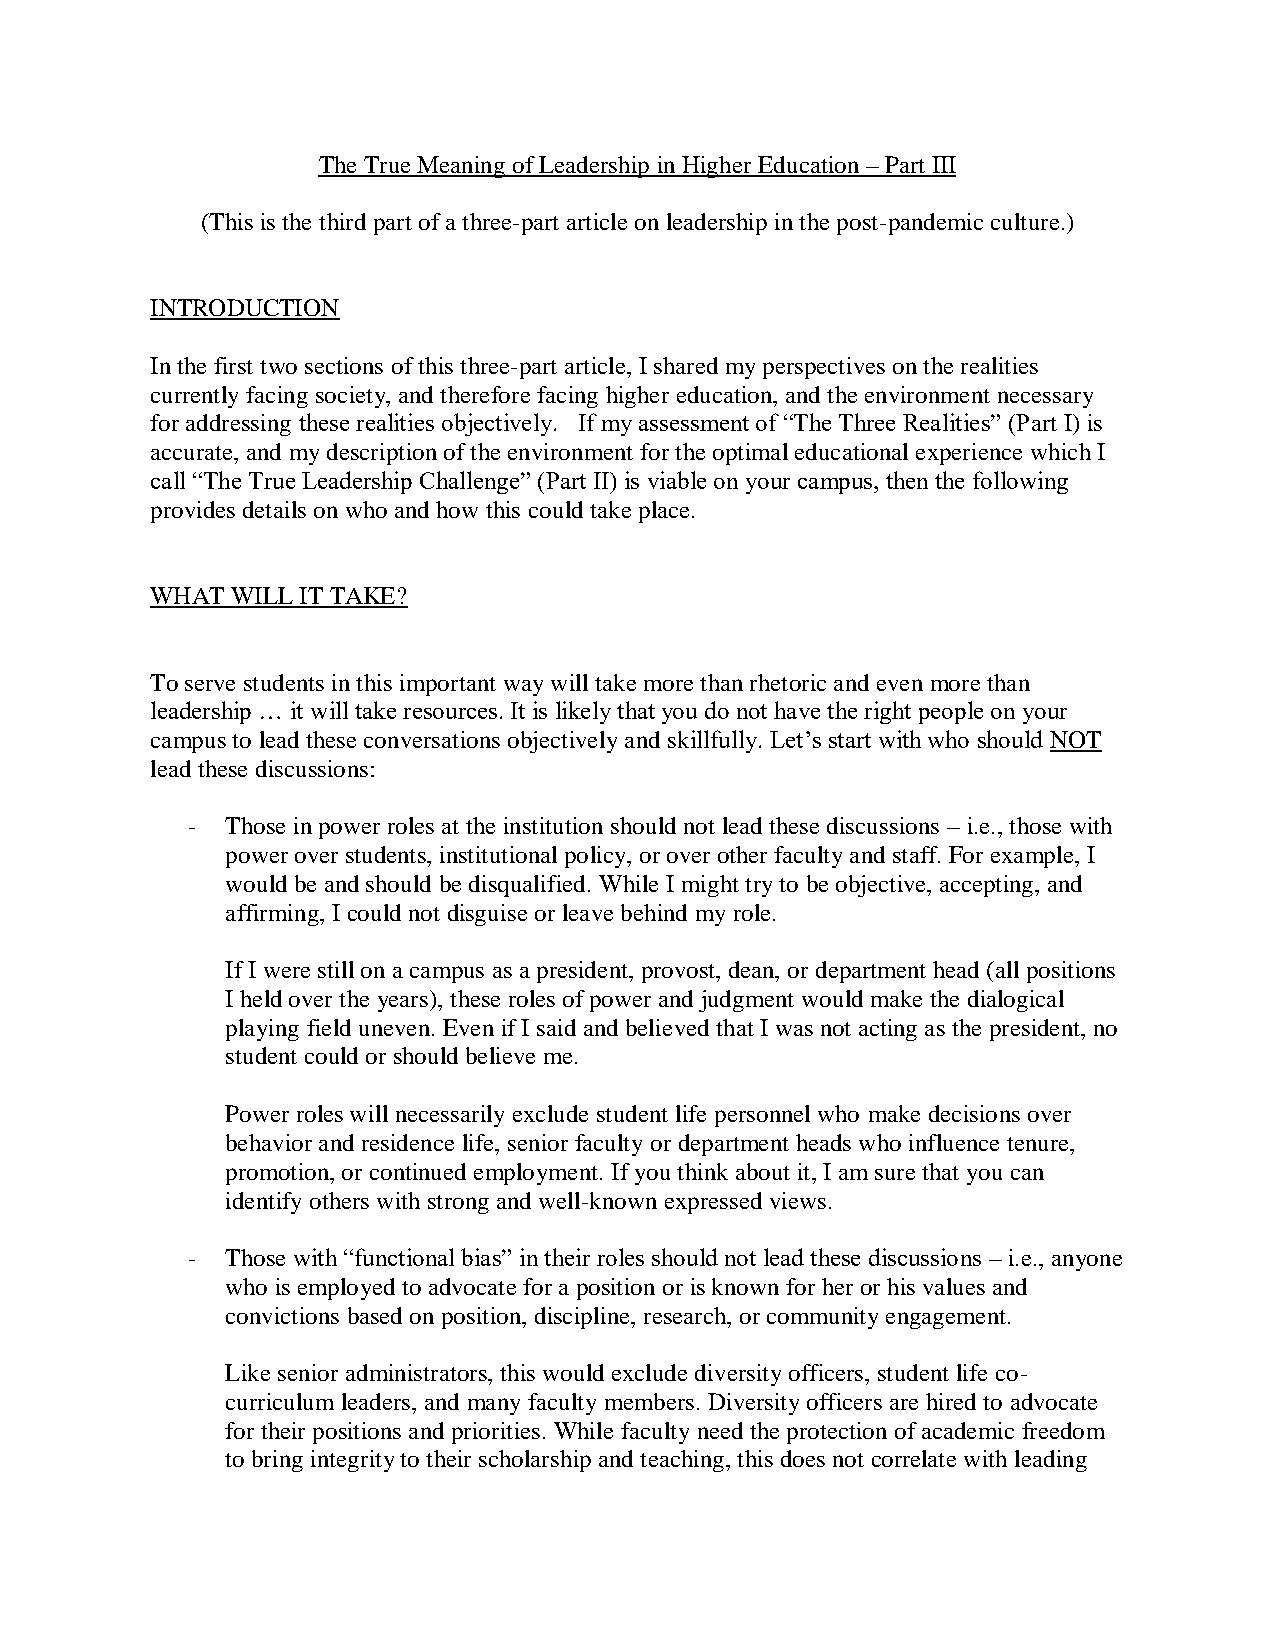
The True Meaning of Leadership in Higher Education – Part III
 (This is the third part of a three-part article on leadership in the post-pandemic culture.)
 INTRODUCTION
 In the first two sections of this three-part article, I shared my perspectives on the realities
 currently facing society, and therefore facing higher education, and the environment necessary
 for addressing these realities objectively. If my assessment of “The Three Realities” (Part I) is
 accurate, and my description of the environment for the optimal educational experience which I
 call “The True Leadership Challenge” (Part II) is viable on your campus, then the following
 provides details on who and how this could take place.
 WHAT WILL IT TAKE?
 To serve students in this important way will take more than rhetoric and even more than
 leadership … it will take resources. It is likely that you do not have the right people on your
 campus to lead these conversations objectively and skillfully. Let’s start with who should NOT
 lead these discussions:
 -  Those in power roles at the institution should not lead these discussions – i.e., those with
 power over students, institutional policy, or over other faculty and staff. For example, I
 would be and should be disqualified. While I might try to be objective, accepting, and
 affirming, I could not disguise or leave behind my role.
 If I were still on a campus as a president, provost, dean, or department head (all positions
 I held over the years), these roles of power and judgment would make the dialogical
 playing field uneven. Even if I said and believed that I was not acting as the president, no
 student could or should believe me.
 Power roles will necessarily exclude student life personnel who make decisions over
 behavior and residence life, senior faculty or department heads who influence tenure,
 promotion, or continued employment. If you think about it, I am sure that you can
 identify others with strong and well-known expressed views.
 -  Those with “functional bias” in their roles should not lead these discussions – i.e., anyone
 who is employed to advocate for a position or is known for her or his values and
 convictions based on position, discipline, research, or community engagement.
 Like senior administrators, this would exclude diversity officers, student life co-
 curriculum leaders, and many faculty members. Diversity officers are hired to advocate
 for their positions and priorities. While faculty need the protection of academic freedom
 to bring integrity to their scholarship and teaching, this does not correlate with leading